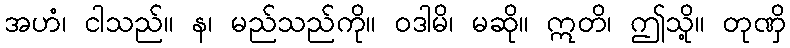
အဟံ၊ ငါသည်။ န၊ မည်သည်ကို။ ဝဒါမိ၊ မဆို။ ဣတိ၊ ဤသို့။ တုဏှိ